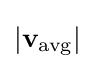
\left|\mathbf {v} _{\text{avg}}\right|